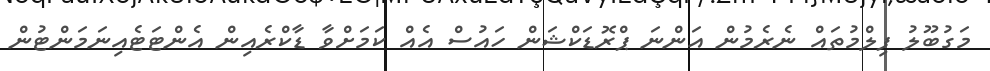
މަގުބޫލު ފިލްމުތައް ނެރެމުން އަންނަ ޕްރޮޑަކްޝަން ހައުސް އެއް ކަމަށްވާ ޑާކްރެއިން އެންޓަޓެއިނަމަންޓުން